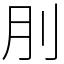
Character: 刖